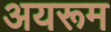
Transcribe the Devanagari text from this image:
अयरूम